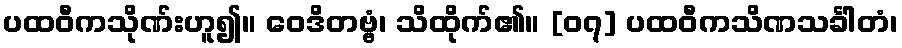
ပထဝီကသိုဏ်းဟူ၍။ ဝေဒိတဗ္ဗံ၊ သိထိုက်၏။ [၀၇] ပထဝီကသိဏသင်္ခါတံ၊